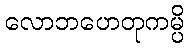
လောဘဟေတုကမ္ပိ